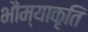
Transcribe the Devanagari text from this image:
भौम्याकृति